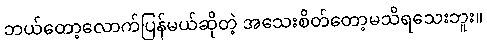
ဘယ်တော့လောက်ပြန်မယ်ဆိုတဲ့ အသေးစိတ်တော့မသိရသေးဘူး။